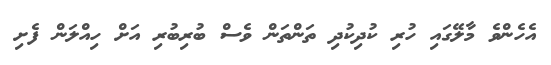
އެހެންވެ މާލޭގައި ހުރި ކުދިކުދި ތަންތަން ވެސް ބުރިބުރި އަށް ހިއްލަން ފެށި